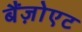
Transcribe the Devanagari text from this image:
बैंज़ोएट